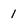
Character: 1